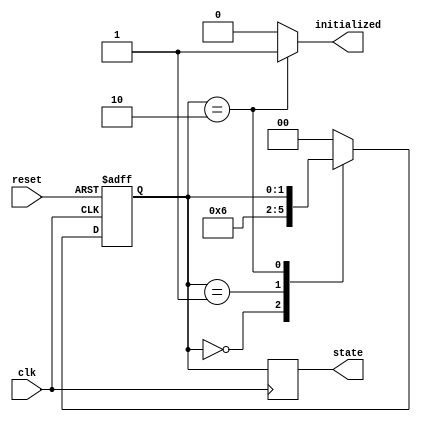
module ClockCycleInitialization (
    input wire clk,         // Clock signal
    input wire reset,       // Asynchronous reset signal
    output reg initialized, // Initialization complete signal
    output reg [1:0] state  // Current state of the system
);

    // State encoding
    localparam IDLE        = 2'b00;
    localparam INITIALIZING = 2'b01;
    localparam READY       = 2'b10;

    // State variable
    reg [1:0] current_state, next_state;

    // State transition on clock edge
    always @(posedge clk or posedge reset) begin
        if (reset) begin
            current_state <= IDLE; // Go to IDLE on reset
        end else begin
            current_state <= next_state; // Transition to next state
        end
    end

    // Next state logic
    always @(*) begin
        // Default state
        next_state = current_state;
        initialized = 0; // Default to not initialized

        case (current_state)
            IDLE: begin
                // Transition to INITIALIZING state
                next_state = INITIALIZING;
            end
            
            INITIALIZING: begin
                // Perform initialization tasks here
                // (e.g., setting registers, outputs)
                
                // After initialization is complete, move to READY state
                next_state = READY;
            end
            
            READY: begin
                initialized = 1; // Indicate that initialization is complete
                // Remain in READY state
            end
            
            default: begin
                next_state = IDLE; // Default to IDLE on unknown state
            end
        endcase
    end

    // Assign the current state to output
    always @(posedge clk) begin
        state <= current_state;
    end

endmodule